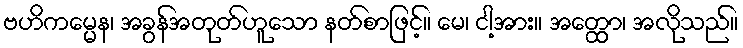
ဗဟိကမ္မေန၊ အခွန်အတုတ်ဟူသော နတ်စာဖြင့်။ မေ၊ ငါ့အား။ အတ္ထော၊ အလိုသည်။